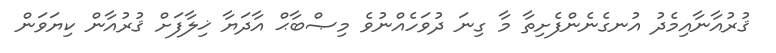
ޤުރުއާނާއިމެދު އުނގެނެންފެށިތާ މާ ގިނަ ދުވަހެއްނުވެ މިޞްބާޙް އާދަޔާ ޚިލާފަށް ޤުރުއާން ކިޔަވަން